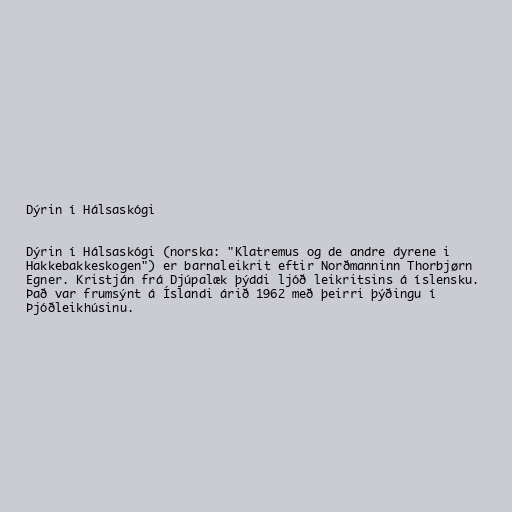
Dýrin í Hálsaskógi

Dýrin í Hálsaskógi (norska: "Klatremus og de andre dyrene i
Hakkebakkeskogen") er barnaleikrit eftir Norðmanninn Thorbjørn
Egner. Kristján frá Djúpalæk þýddi ljóð leikritsins á íslensku.
Það var frumsýnt á Íslandi árið 1962 með þeirri þýðingu í
Þjóðleikhúsinu.